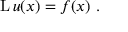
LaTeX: \operatorname { L } u ( x ) = f ( x ) ~ .